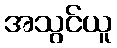
အသွင်ယူ